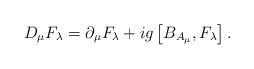
LaTeX: \begin{align*}D_\mu F_{\lambda}=\partial_\mu F_{\lambda}+ig\left[B_{A_\mu},F_{\lambda}\right].\end{align*}